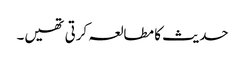
حدیث کا مطالعہ کرتی تھیں۔